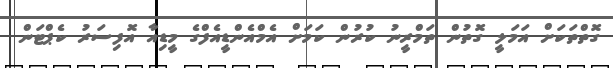
ގޮތްތަކަށް އަމަލީ ގޮތުން ތަމްރީނު ކުރުން ކަމަށް އެމްއެންޑީއެފްގެ މީޑިއާ އޮފިސަރު ކެޕްޓަން